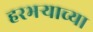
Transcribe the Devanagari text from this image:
हरभऱ्याच्या